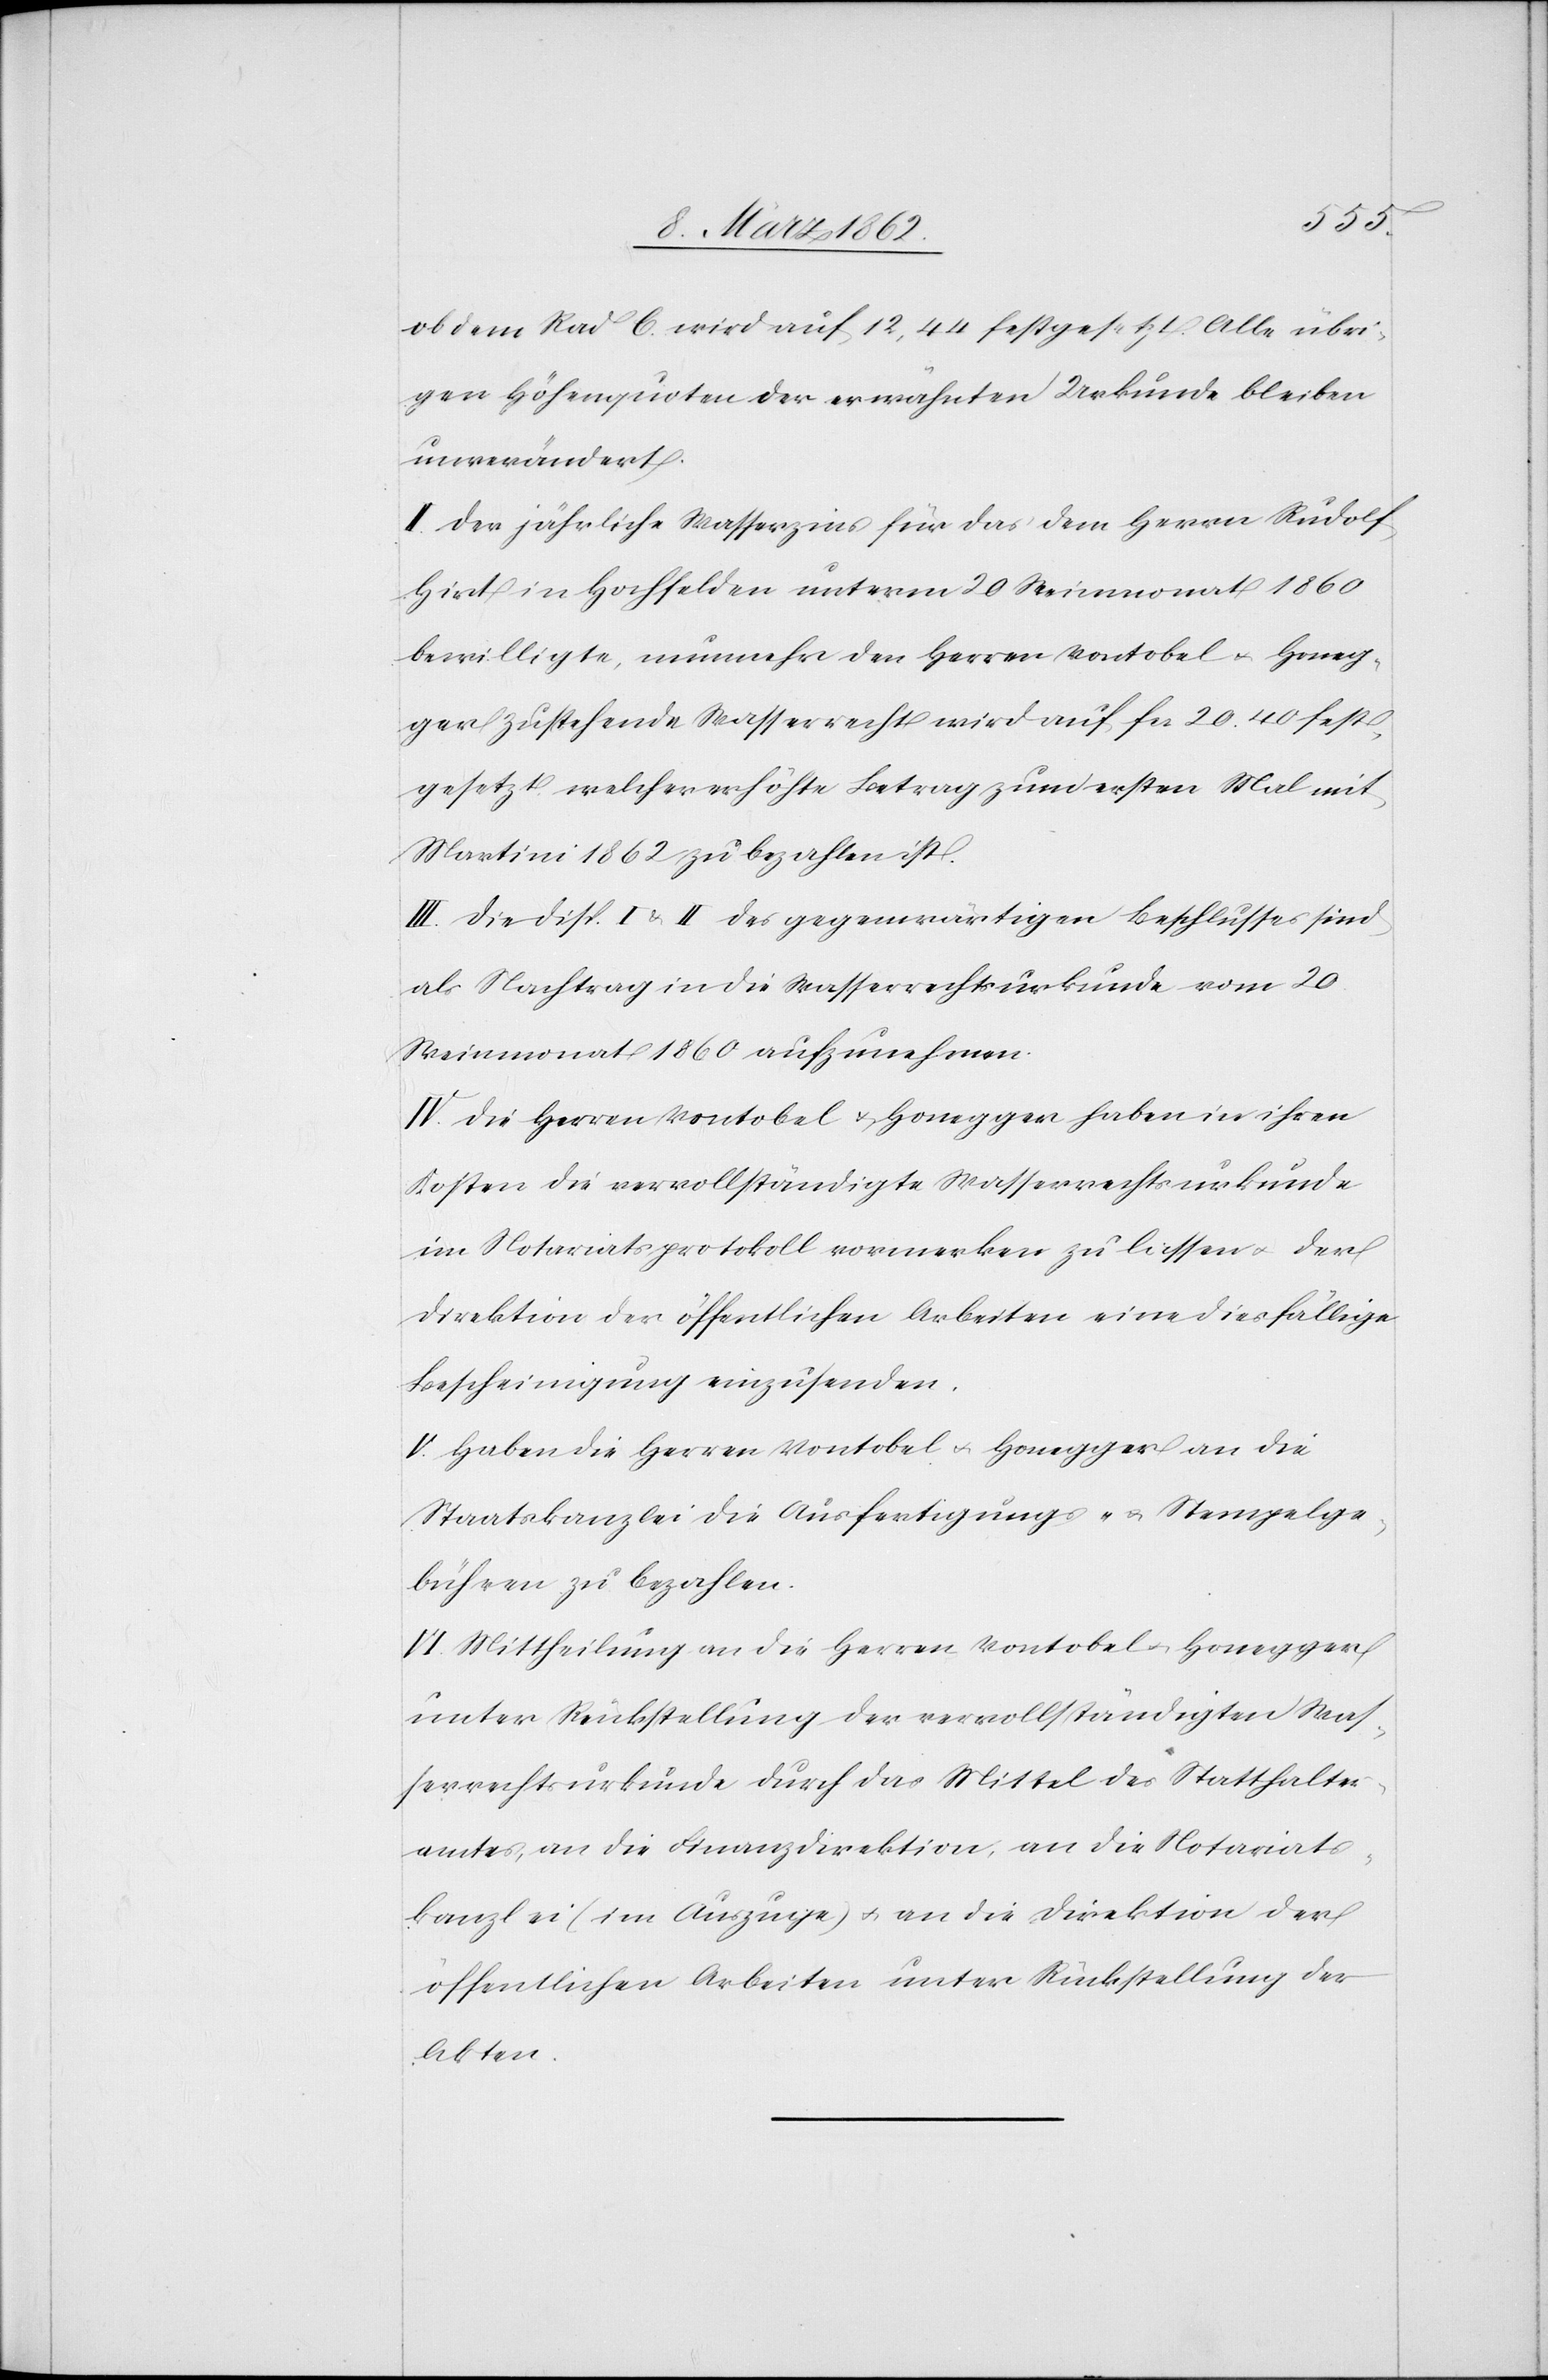
ob dem Rad C. wird auf 12,44 festgesetzt. Alle übri¬
gen Höhenquoten der erwähnten Urkunde bleiben
unverändert.
II. Der jährliche Wasserzins für das dem Herrn Rudolf
Hirt in Hochfelden unterm 20 Weinmonat 1860
bewilligte, nunmehr den Herren Vontobel u. Honeg¬
ger zustehende Wasserrecht wird auf fcs 20.40 fest¬
gesetzt, welcher erhöhte Betrag zum ersten Mal mit
Martini 1862 zu bezahlen ist.
III. Die Disp. I & II des gegenwärtigen Beschlusses sind
als Nachtrag in die Wasserrechtsurkunde vom 20
Weinmonat 1860 aufzunehmen.
IV. Die Herren Vontobel u. Honegger haben in ihren
Kosten die vervollständigte Wasserrechtsurkunde
im Notariatsprotokoll vormerken zu lassen u. der
Direktion der öffentlichen Arbeiten eine diesfällige
Bescheinigung einzusenden.
V. Haben die Herren Vontobel u. Honegger an die
Staatskanzlei die Ausfertigungs- u. Stempelge¬
bühren zu bezahlen.
VI. Mittheilung an die Herren Vontobel u. Honegger
unter Rückstellung der vervollständigten Was¬
serrechtsurkunde durch das Mittel des Statthalter¬
amtes, an die Finanzdirektion, an die Notariats¬
kanzlei (im Auszuge) u. an die Direktion der
öffentlichen Arbeiten unter Rückstellung der
Akten.